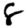
Digit: 8